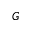
G